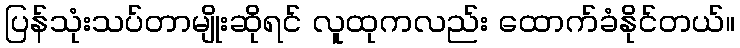
ပြန်သုံးသပ်တာမျိုးဆိုရင် လူထုကလည်း ထောက်ခံနိုင်တယ်။